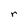
Character: r